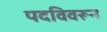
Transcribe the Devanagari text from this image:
पदविवरून